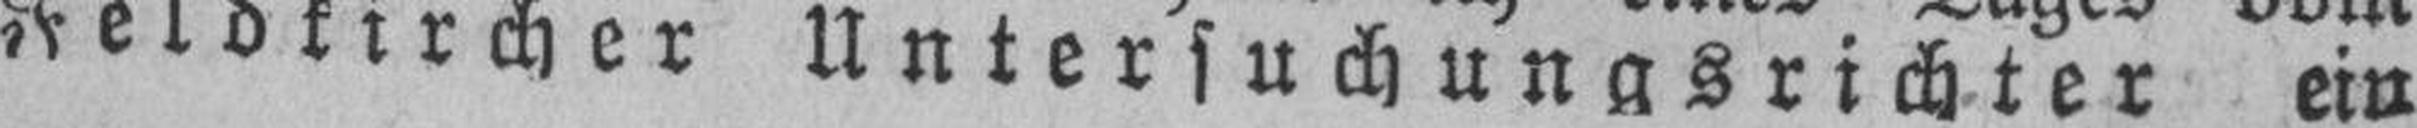
Feldkircher Untersuchungsrichter ein